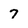
Character: 7